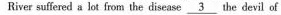
River suffered s lot from the disease \underline{3} the devil of